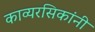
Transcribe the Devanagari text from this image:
काव्यरसिकांनी